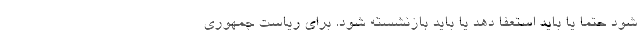
شود حتما یا باید استعفا دهد یا باید بازنشسته شود. برای ریاست جمهوری